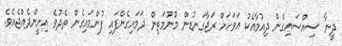
ދީނާ ސިއްސައިގެން ދިއުމާއެކު އަވަހަށް ރަޖާގަނޑުން މޫނުމަތިން ދަމައިގެންފައި ފުންމައިގެން ތެދުވެ އިށީންދެއްޖެއެވެ.